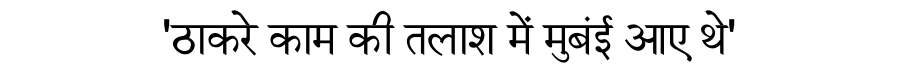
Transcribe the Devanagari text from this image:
'ठाकरे काम की तलाश में मुबंई आए थे'